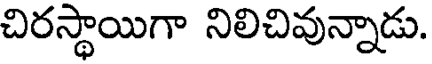
చిరస్థాయిగా నిలిచివున్నాడు.